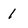
Character: 1